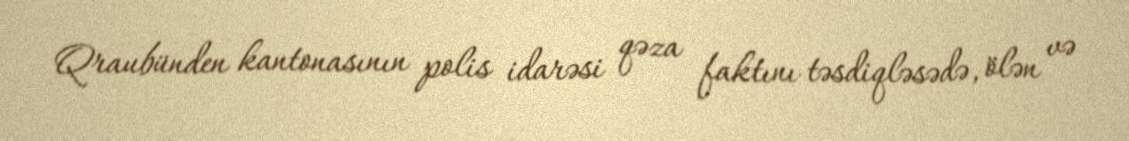
Qraubünden kantonasının polis idarəsi qəza faktını təsdiqləsədə, ölən və